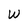
Character: W